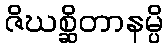
ဇိဃစ္ဆိတာနမ္ပိ